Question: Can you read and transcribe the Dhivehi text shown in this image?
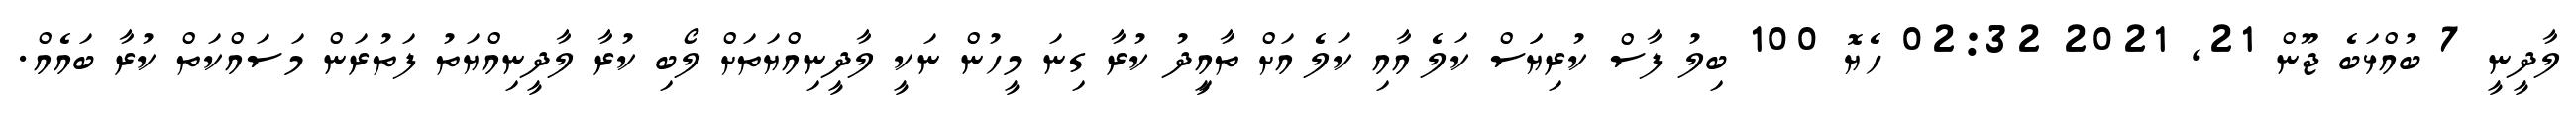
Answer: ލާދީނީ 7 ބުއްޅަބެ ޖޫން 21, 2021 02:32 ހެޔޮ 100 ބިލު ފާސް ކުރިޔަަސް ކަލެ އާއި ކަލެ އަށް ތާއިީދު ކުރާ ގިނަ މީހުން ނަކީ ލާދީނިއްޔަތަށް ލޯބި ކުރާ ލާދީނިއްޔަތު ފަތުރަން މަސައްކަތް ކުރާ ބައެއް.